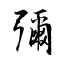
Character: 彌